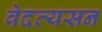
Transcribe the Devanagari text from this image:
वेदव्यसन